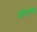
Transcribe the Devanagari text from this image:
अवाश्य